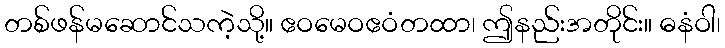
တစ်ဖန်မဆောင်သကဲ့သို့။ ဧဝမေဝဧဝံတထာ၊ ဤနည်းအတိုင်း။ ဓနံဝါ၊